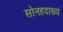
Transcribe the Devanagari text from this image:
सोनहदाख्यं